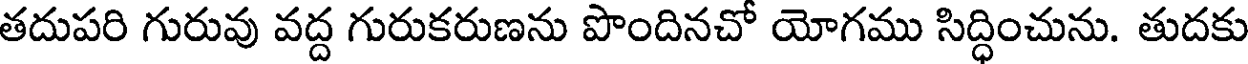
తదుపరి గురువు వద్ద గురుకరుణను పొందినచో యోగము సిద్ధించును. తుదకు